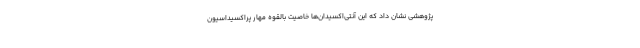
پژوهشی نشان داد که این آنتی‌اکسیدان‌ها خاصیت بالقوه مهار پراکسیداسیون